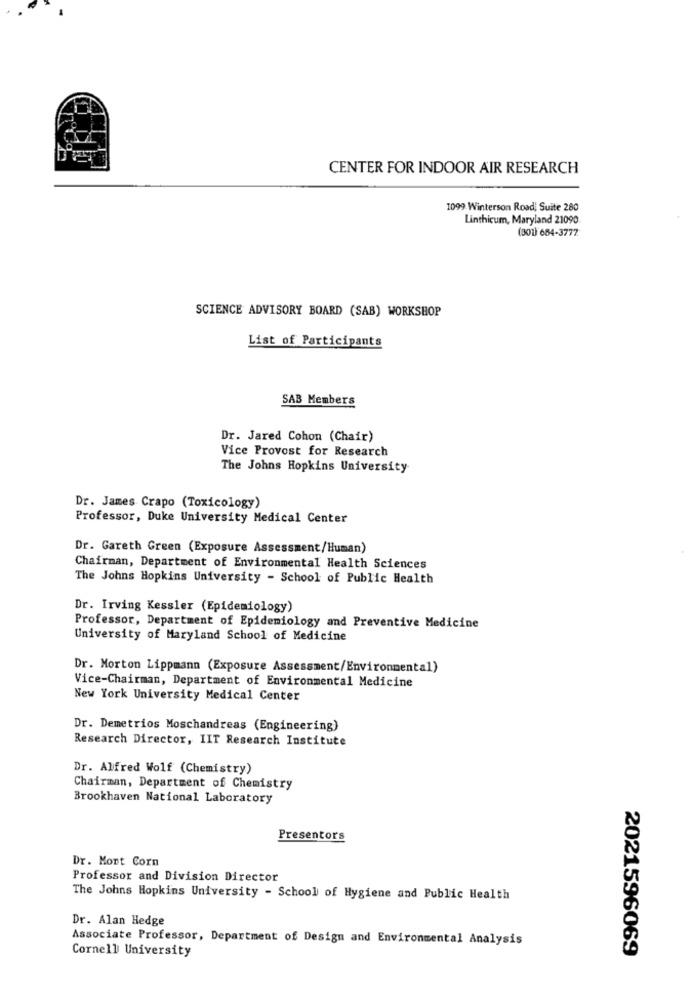
CENTER FOR INDOOR AIR RESEARCH
1099 Winterson Road; Suite 280
Linthicum, Maryland 21090
(301) 684-3777
SCIENCE ADVISORY BOARD (SAB) WORKSHOP
List of Participants
SAB Members
Dr. Jared Cohon (Chair)
Vice Provost for Research
The Johns Hopkins University
Dr. James Crapo (Toxicology)
Professor, Duke University Medical Center
Dr. Gareth Green (Exposure Assessment/Human)
Chairman, Department of Environmental Health Sciences
The Johns Hopkins University - School of Public Health
Dr. Irving Kessler (Epidemiology)
Professor, Department of Epidemiology and Preventive Medicine
University of Maryland School of Medicine
Dr. Morton Lippmann (Exposure Assessment/Environmental)
Vice-Chairman, Department of Environmental Medicine
New York University Medical Center
Dr. Demetrios Moschandreas (Engineering)
Research Director, IIT Research Institute
Dr. Alfred Wolf (Chemistry)
Chairman, Department of Chemistry
Brookhaven National Laboratory
Presentors
Dr. Mont Corn
Professor and Division Director
The Johns Hopkins University - School of Hygiene and Public Health
Dr. Alan Hedge
Associate Professor, Department of Design and Environmental Analysis
Cornell University
2021596069